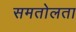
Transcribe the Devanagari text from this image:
समतोलता